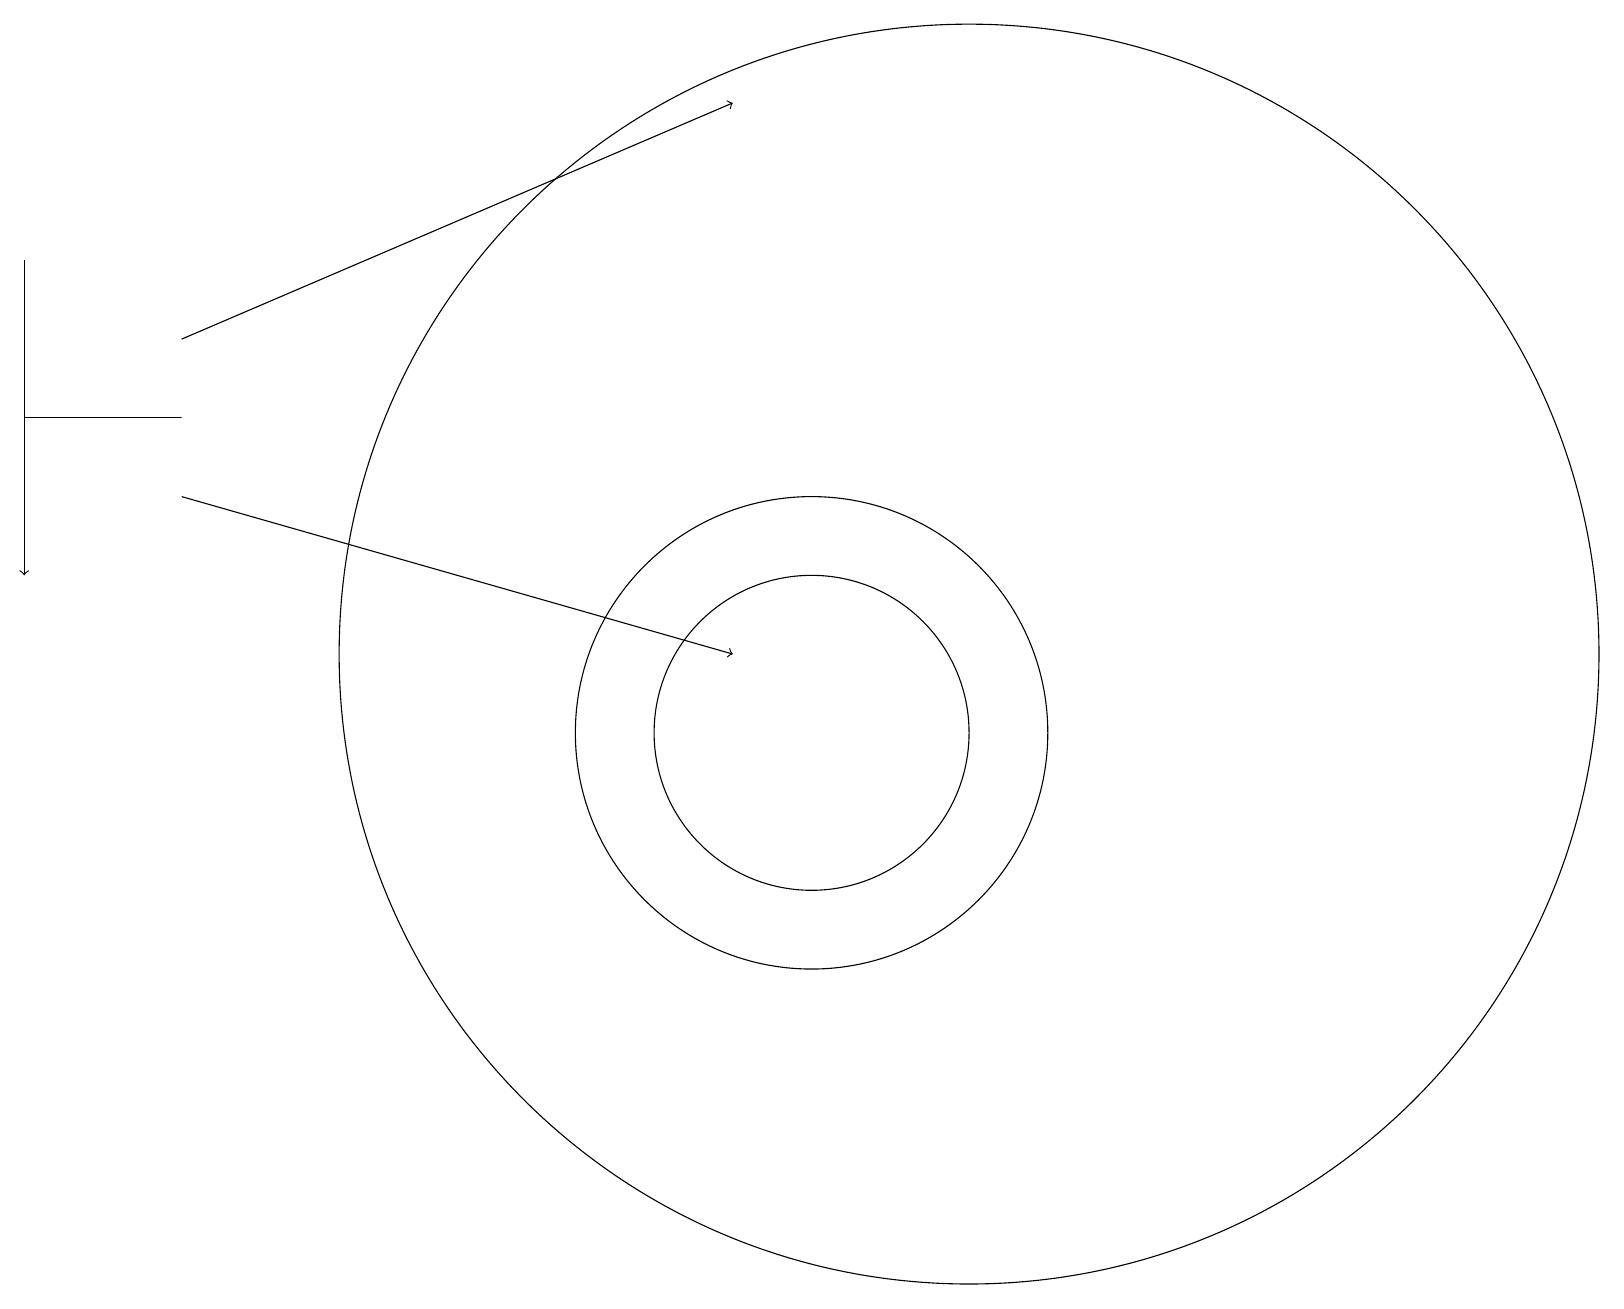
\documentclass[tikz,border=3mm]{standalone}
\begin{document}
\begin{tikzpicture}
\draw (12,11) circle (8);
\draw (0,14) rectangle (2,14);
\draw (10,10) circle (3);
\draw (10,10) circle (2);
\draw[->] (2,13) -- (9,11);
\draw[->] (2,15) -- (9,18);
\draw[->] (0,16) -- (0,12);
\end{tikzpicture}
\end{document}